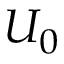
U _ { 0 }